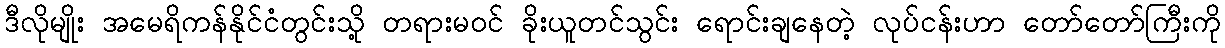
ဒီလိုမျိုး အမေရိကန်နိုင်ငံတွင်းသို့ တရားမဝင် ခိုးယူတင်သွင်း ရောင်းချနေတဲ့ လုပ်ငန်းဟာ တော်တော်ကြီးကို